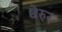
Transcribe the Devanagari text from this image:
छेरुर